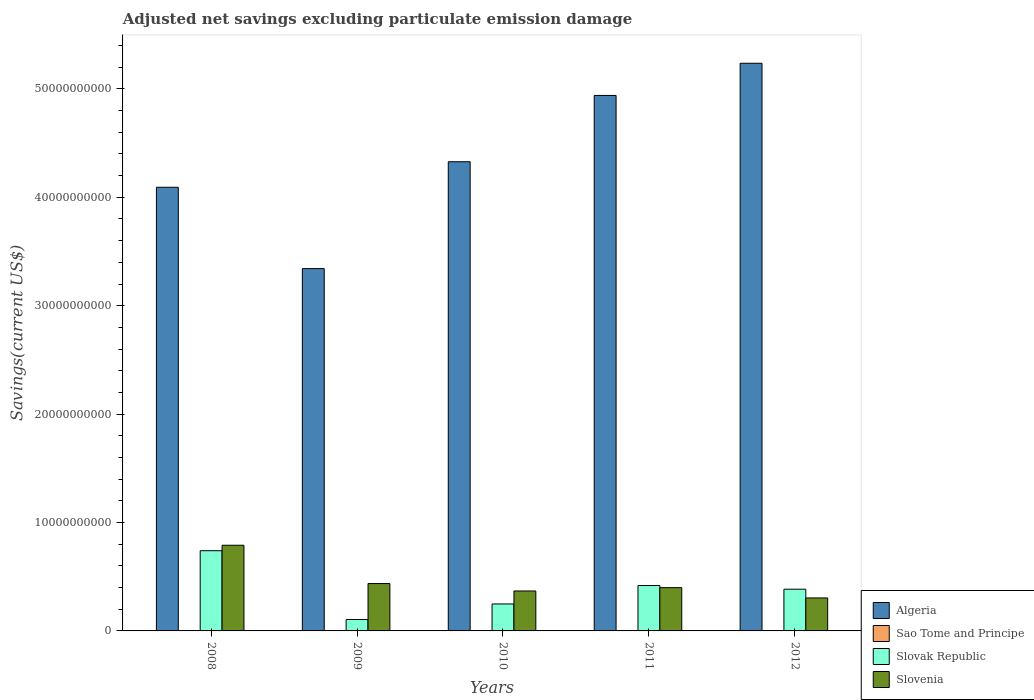
| Years | Algeria | Sao Tome and Principe | Slovak Republic | Slovenia |
 | --- | --- | --- | --- | --- |
 | 2008 | 4.09e+10 | -5.92e+07 | 7.4e+09 | 7.9e+09 |
 | 2009 | 3.34e+10 | 3.99e+05 | 1.05e+09 | 4.37e+09 |
 | 2010 | 4.33e+10 | -5.25e+06 | 2.49e+09 | 3.69e+09 |
 | 2011 | 4.94e+10 | 6e+04 | 4.19e+09 | 3.99e+09 |
 | 2012 | 5.24e+10 | 1.08e+07 | 3.85e+09 | 3.04e+09 |